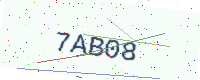
Text: 7AB08